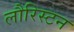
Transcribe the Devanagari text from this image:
लौरिस्टन